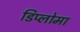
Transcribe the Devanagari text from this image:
डिप्‍लोमा